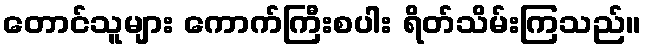
တောင်သူများ ကောက်ကြီးစပါး ရိတ်သိမ်းကြသည်။